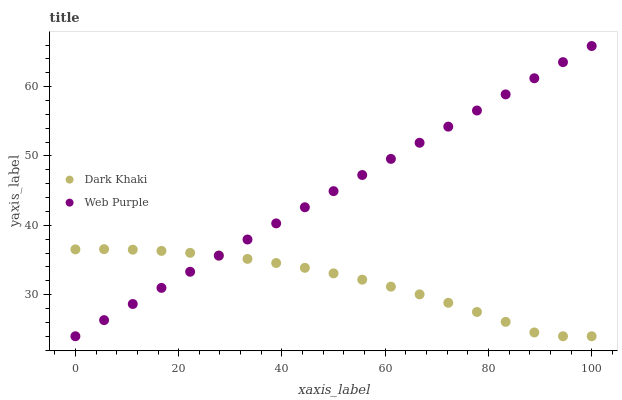
| xaxis_label | Dark Khaki | Web Purple |
 | --- | --- | --- |
 | 0 | 36.5 | 24 |
 | 5.56 | 36.6 | 26.3 |
 | 11.1 | 36.5 | 28.7 |
 | 16.7 | 36.3 | 31 |
 | 22.2 | 36 | 33.3 |
 | 27.8 | 35.6 | 35.6 |
 | 33.3 | 35.2 | 38 |
 | 38.9 | 34.6 | 40.3 |
 | 44.4 | 33.9 | 42.6 |
 | 50 | 33.1 | 44.9 |
 | 55.6 | 32.2 | 47.3 |
 | 61.1 | 31.2 | 49.6 |
 | 66.7 | 30 | 51.9 |
 | 72.2 | 28.8 | 54.2 |
 | 77.8 | 27.5 | 56.6 |
 | 83.3 | 26.1 | 58.9 |
 | 88.9 | 24.5 | 61.2 |
 | 94.4 | 24 | 63.5 |
 | 100 | 24 | 65.9 |